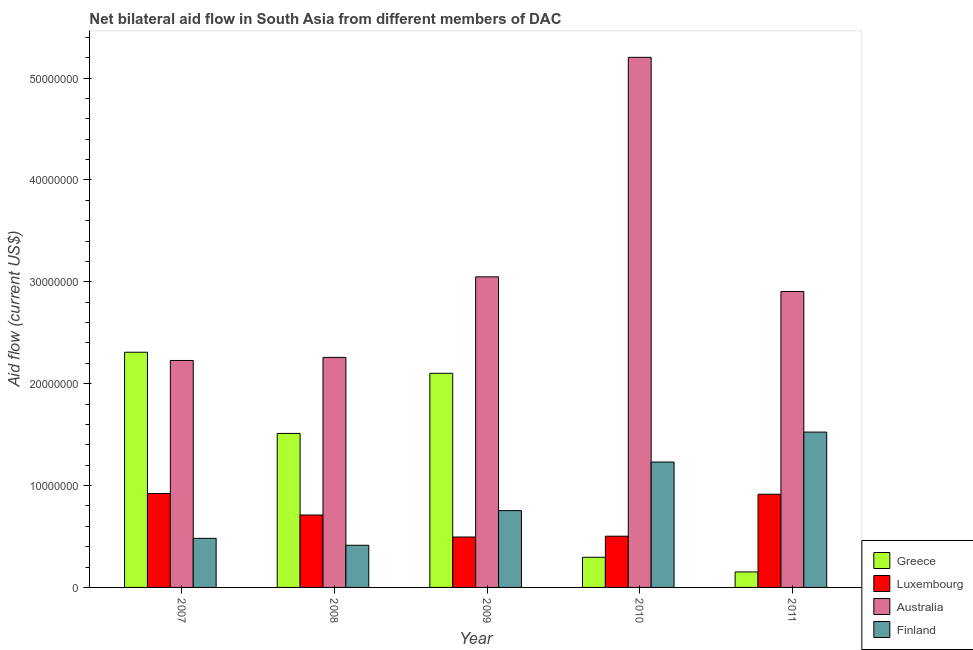
| Year | Greece | Luxembourg | Australia | Finland |
 | --- | --- | --- | --- | --- |
 | 2007 | 2.31e+07 | 9.22e+06 | 2.23e+07 | 4.82e+06 |
 | 2008 | 1.51e+07 | 7.11e+06 | 2.26e+07 | 4.14e+06 |
 | 2009 | 2.1e+07 | 4.95e+06 | 3.05e+07 | 7.54e+06 |
 | 2010 | 2.96e+06 | 5.03e+06 | 5.2e+07 | 1.23e+07 |
 | 2011 | 1.52e+06 | 9.15e+06 | 2.90e+07 | 1.52e+07 |